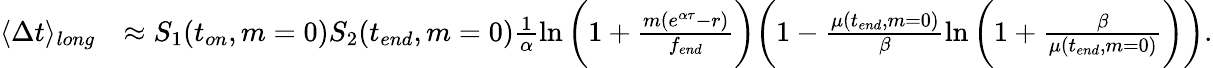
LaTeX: \begin{array}{rl}{\langle\Delta t\rangle_{long}}&{\approx S_{1}(t_{on},m=0)S_{2}(t_{end},m=0)\frac{1}{\alpha}\ln{\bigg(1+\frac{m(e^{\alpha\tau}-r)}{f_{end}}\bigg)}\bigg(1-\frac{\mu(t_{end},m=0)}{\beta}\ln{\bigg(1+\frac{\beta}{\mu(t_{end},m=0)}\bigg)}\bigg).}\end{array}